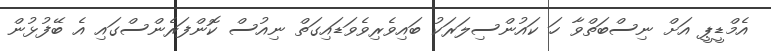
އެމްޑީޕީ އަށް ނިސްބަތްވާ ހަ ކައުންސިލަރަކު ބައިވެރިވެވަޑައިގަތް ނިއުސް ކޮންފަރެންސްގައި އެ ބޭފުޅުން